Report on vaccination in Madras 1922-1929 - 1922-1929
Year: 1922
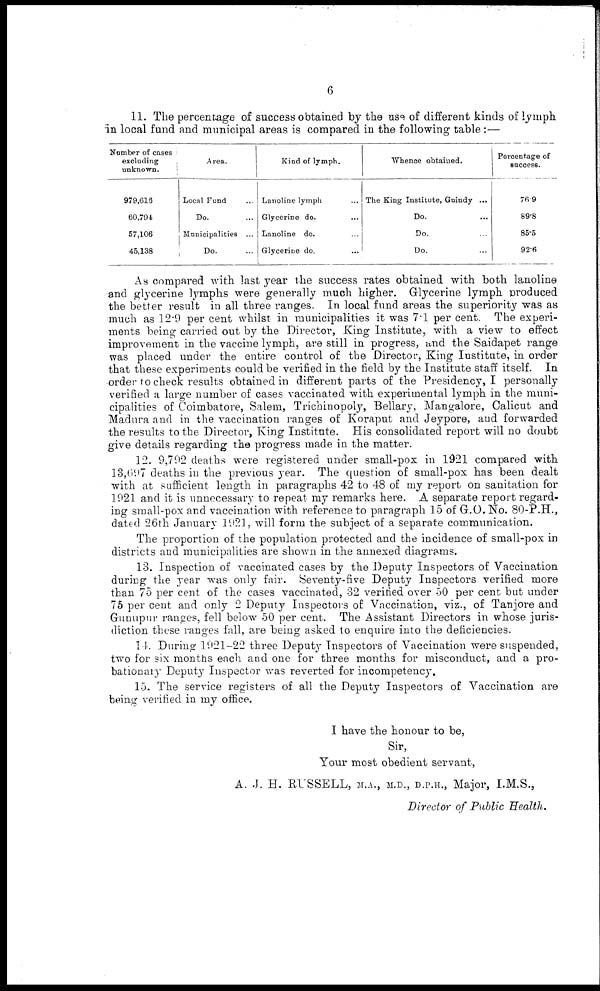
6
11. The percentage of success obtained by the use of different kinds of lymph
in local fund and municipal areas is compared in the following table:—
Number of cases
excluding
unknown.
979,616
60,794
57,106
45,138
Area.
Local Fund ...
Do.
Municipalities ...
Do. ...
Kind of lymph.
Lanoline lymph
Glycerine do. ...
Lanoline do. ...
Glycerine do. ...
Whence obtained.
The King Institute, Guindy ...
Do. ...
Do. ...
Do. ...
Percentage of
success.
76.9
89.8
85.5
92.6
As compared with last year the success rates obtained with both lanoline
and glycerine lymphs were generally much higher. Glycerine lymph produced
the better result in all three ranges. In local fund areas the superiority was as
much as 12.9 per cent whilst in municipalities it was 7.1 per cent. The experi-
ments being carried out by the Director, King Institute, with a view to effect
improvement in the vaccine lymph, are still in progress, and the Saidapet range
was placed under the entire control of the Director, King Institute, in order
that these experiments could be verified in the field by the Institute staff itself. In
order to check results obtained in different parts of the Presidency, I personally
verified a large number of cases vaccinated with experimental lymph in the muni-
cipalities of Coimbatore, Salem, Trichinopoly, Bellary, Mangalore, Calicut and
Madura and in the vaccination ranges of Koraput and Jeypore, and forwarded
the results to the Director, King Institute. His consolidated report will no doubt
give details regarding the progress made in the matter.
12. 9,702 deaths were registered under small-pox in 1921 compared with
13,697 deaths in the previous year. The question of small-pox has been dealt
with at sufficient length in paragraphs 42 to 48 of my report on sanitation for
1921 and it is unnecessary to repeat my remarks here. A separate report regard-
ing small-pox and vaccination with reference to paragraph 15 of G.O.No. 80-P.H.,
dated 26th January 1921, will form the subject of a separate communication.
The proportion of the population protected and the incidence of small-pox in
districts and municipalities are shown in the annexed diagrams.
13. Inspection of vaccinated cases by the Deputy Inspectors of Vaccination
during the year was only fair. Seventy-five Deputy Inspectors verified more
than 75 per cent of the cases vaccinated, 32 verified over 50 per cent but under
75 per cent and only 2 Deputy Inspectors of Vaccination, viz., of Tanjore and
Gunupur ranges, fell below 50 per cent. The Assistant Directors in whose juris-
diction these ranges fall, are being asked to enquire into the deficiencies.
14. During 1921-22 three Deputy Inspectors of Vaccination were suspended,
two for six months each and one for three months for misconduct, and a pro-
bationary Deputy Inspector was reverted for incompetency.
15. The service registers of all the Deputy Inspectors of Vaccination are
being verified in my office.
I have the honour to be,
Sir,
Your most obedient servant,
A. J. H. RUSSELL, M.A., M.D., D.P.H., Major, I.M.S.,
Director of Public Health.